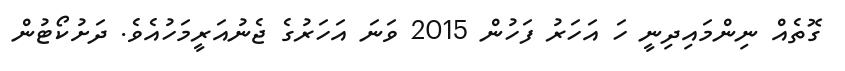
ގޮތެއް ނިންމައިދިނީ ހަ އަހަރު ފަހުން 2015 ވަނަ އަހަރުގެ ޖެނުއަރީމަހުއެވެ. ދަށުކޯޓުން